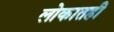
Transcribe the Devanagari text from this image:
लोकातही